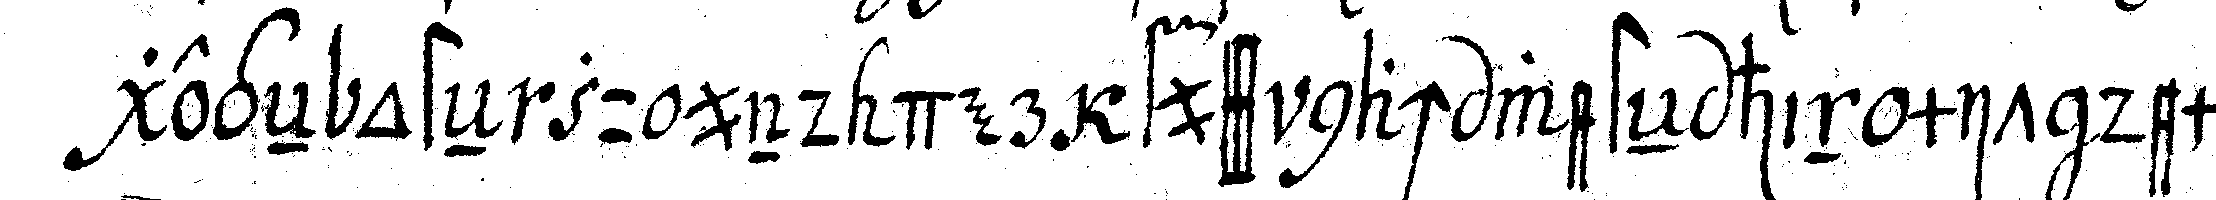
gegeN osteN zu und der fuss nach westeN hin mit dem